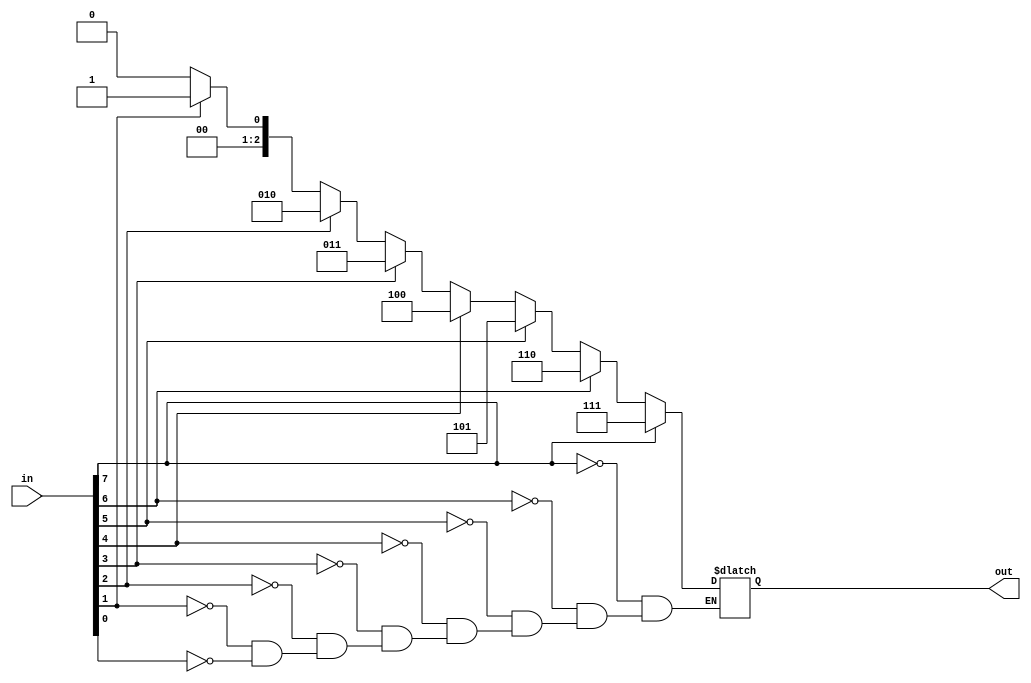
module encoder8x3(in,out);
input  [7:0] in;
output [2:0] out;
reg    [2:0] out;
reg    [2:0] i;
always @(in)
begin
  for(i=0;i<8;i=i+1)
   if(in[i])
     out=i;
end

endmodule